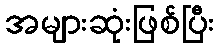
အများဆုံးဖြစ်ပြီး